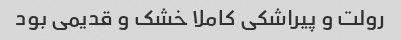
رولت و پیراشکی کاملا خشک و قدیمی بود